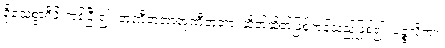
ရိုသေစွာရှိခိုးကုန်ပြီး၍။ တုဏှီဘူတာတုဏှီဘူတာ၊ ဆိတ်ဆိတ်ဖြစ်ကုန်သည်ဖြစ်၍။ ပဉ္စလိကာ၊